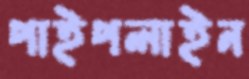
পাইপলাইন